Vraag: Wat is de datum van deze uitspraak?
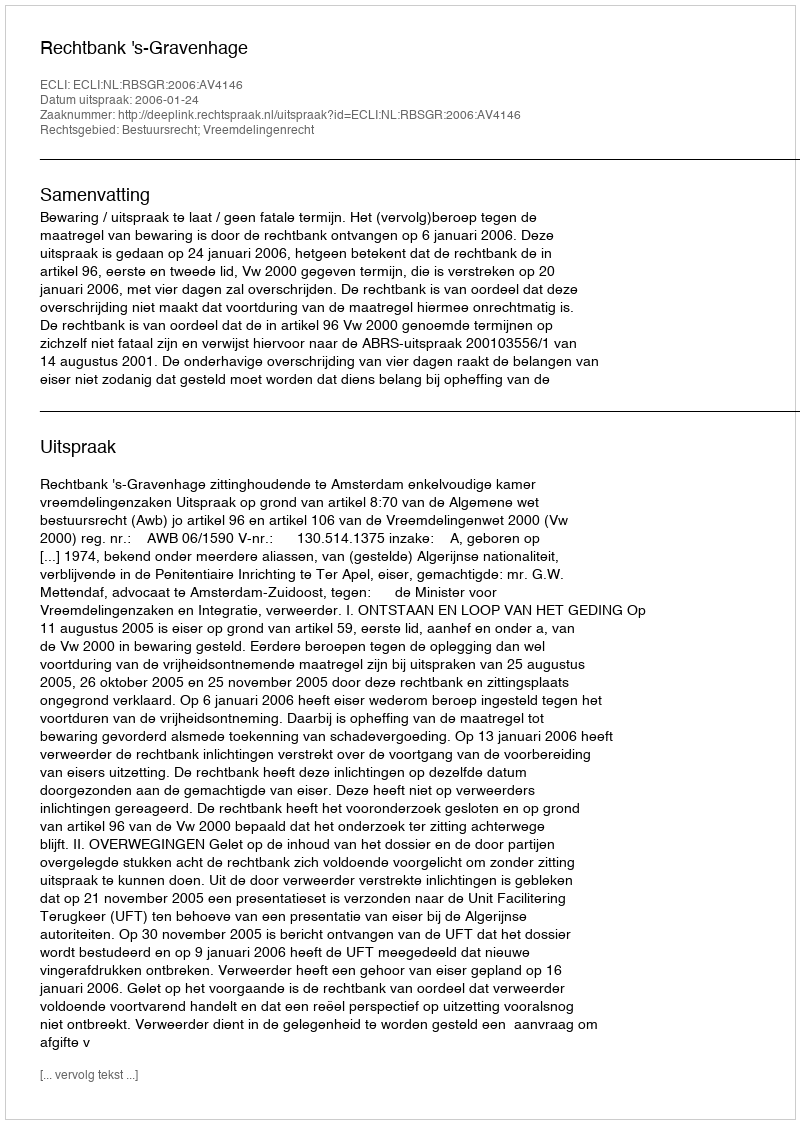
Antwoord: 2006-01-24